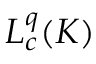
L _ { c } ^ { q } ( K )